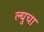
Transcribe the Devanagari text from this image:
ल्युचा